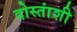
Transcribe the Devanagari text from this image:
दोस्तांशी